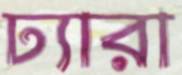
ঢ্যারা